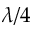
\lambda / 4